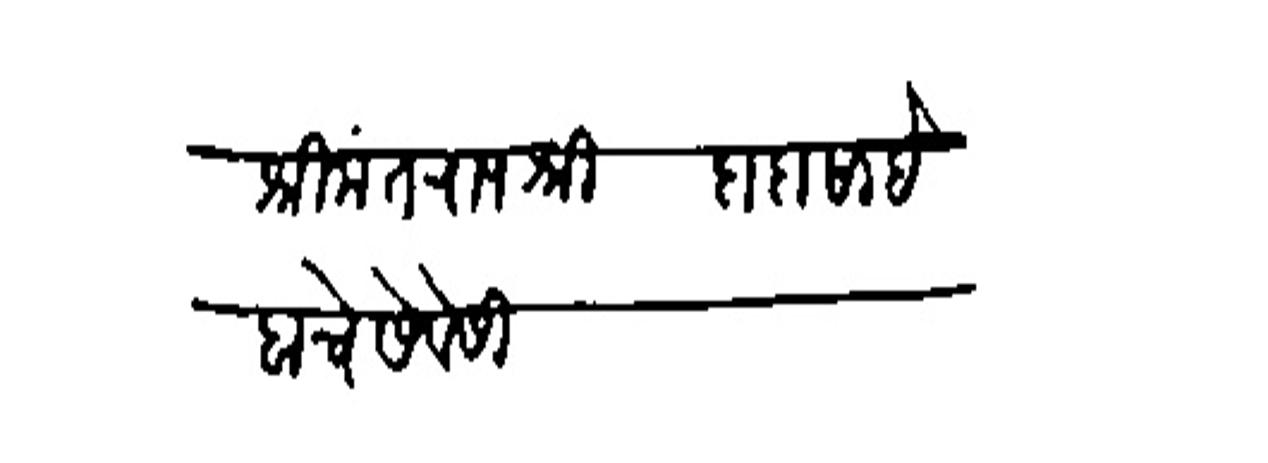
Transliteration (Devanagari): श्रीमंत राजश्री दादासाहेबाचे सेवेसी